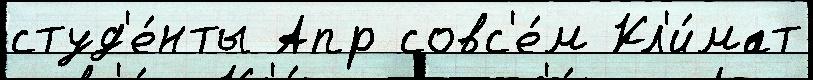
студ'е́нты Апр совс'е́м Кл'и́мат